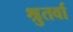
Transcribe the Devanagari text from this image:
श्रुतर्वा